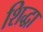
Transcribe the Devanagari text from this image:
शिद्धा